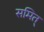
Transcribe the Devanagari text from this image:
समित्